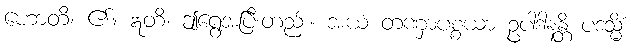
ဟောတိ၊ ၏။ ဣတိ၊ ဤရွေ့အပြီးတည်း။ အယံ တဏှာပစ္စယာ ဥပါဒါနန္တိ ပဒသ္မိံ